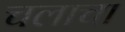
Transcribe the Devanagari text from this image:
चलाचा